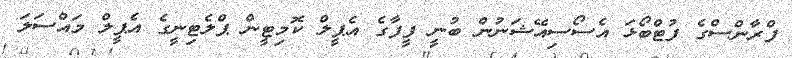
ފްރާންސްގެ ފުޓްބޯޅަ އެސޯސިއޭޝަނުން ބުނީ ފީފާގެ އެޕީލް ކޮމިޓީން ޕްލެޓިނީގެ އެޕީލް މައްސަލަ